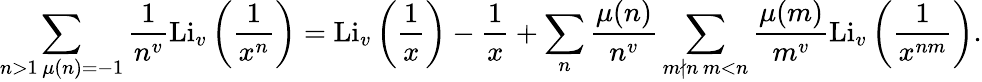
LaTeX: \sum_{\substack{n>1\, \mu(n)=-1}}\frac{1}{n^{v}}\textnormal{Li}_{v}\left(\frac{1}{x^{n}}\right)=\textnormal{Li}_{v}\left(\frac{1}{x}\right)-\frac{1}{x}+\sum_{n}\frac{\mu(n)}{n^{v}}\sum_{\substack{m\nmid n\, m<n}}\frac{\mu(m)}{m^{v}}\textnormal{Li}_{v}\left(\frac{1}{x^{nm}}\right).